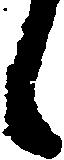
候